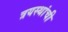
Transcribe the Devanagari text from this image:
त्रयस्थांची